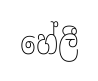
හේලී